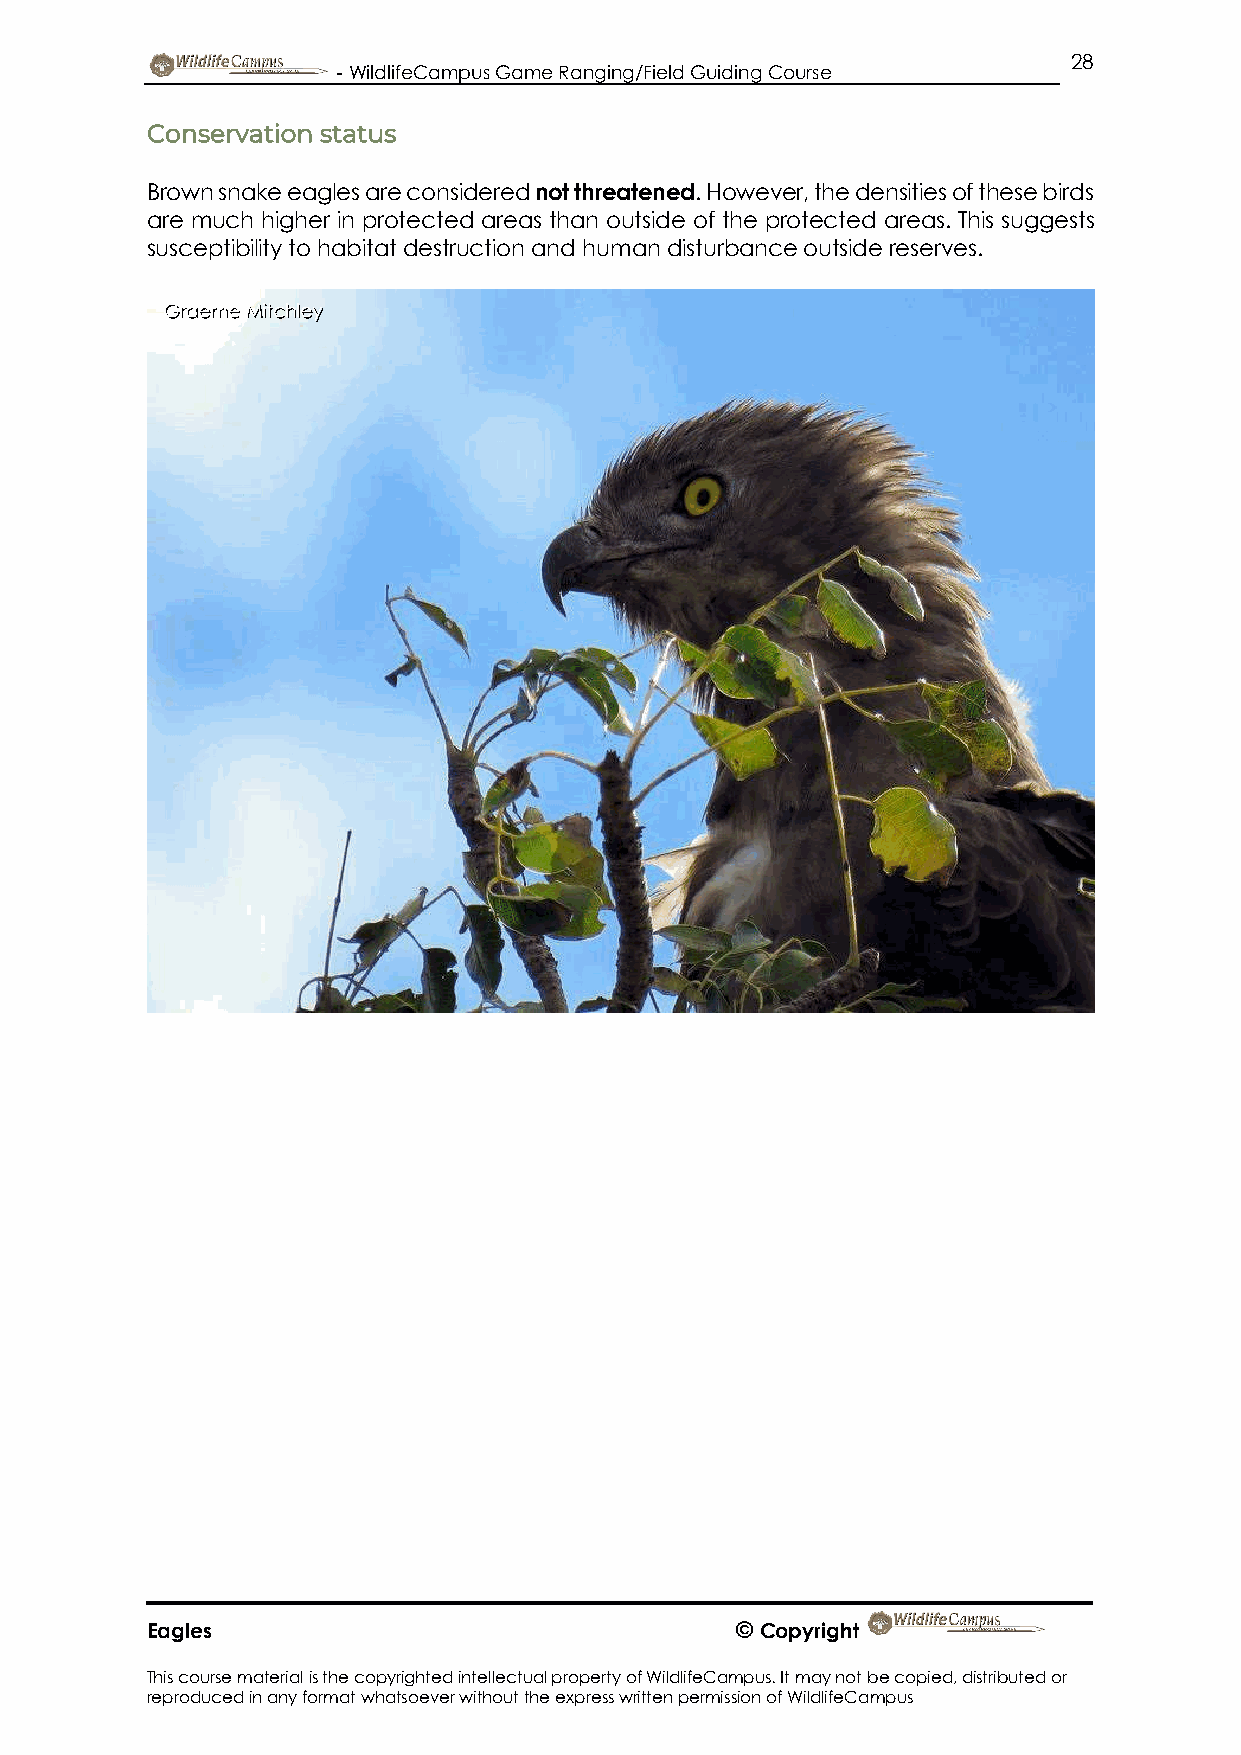
28
 - WildlifeCampus Game Ranging/Field Guiding Course
 Conservation status
 Brown snake eagles are considered not threatened. However, the densities of these birds
 are much higher in protected areas than outside of the protected areas. This suggests
 susceptibility to habitat destruction and human disturbance outside reserves.
 Graeme Mitchley
 Eagles                                 © Copyright
 This course material is the copyrighted intellectual property of WildlifeCampus. It may not be copied, distributed or
 reproduced in any format whatsoever without the express written permission of WildlifeCampus